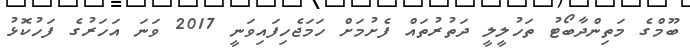
ބޫމްގެ މަތިންދާބޯޓު ތަހުލީލީ ދަތުރުތައް ފެށުމަށް ހަމަޖެހިފައިވަނީ 2017 ވަނަ އަހަރުގެ ފަހުކޮޅު